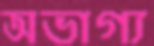
অভাগ্য